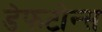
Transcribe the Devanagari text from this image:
डेफटोन्स